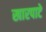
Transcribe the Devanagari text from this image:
खारपाटे